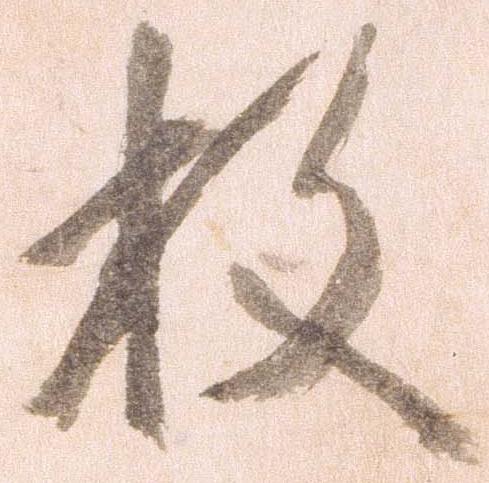
枚